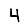
Digit: 4